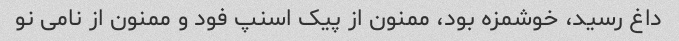
داغ رسید، خوشمزه بود، ممنون از پیک اسنپ فود و ممنون از نامی نو